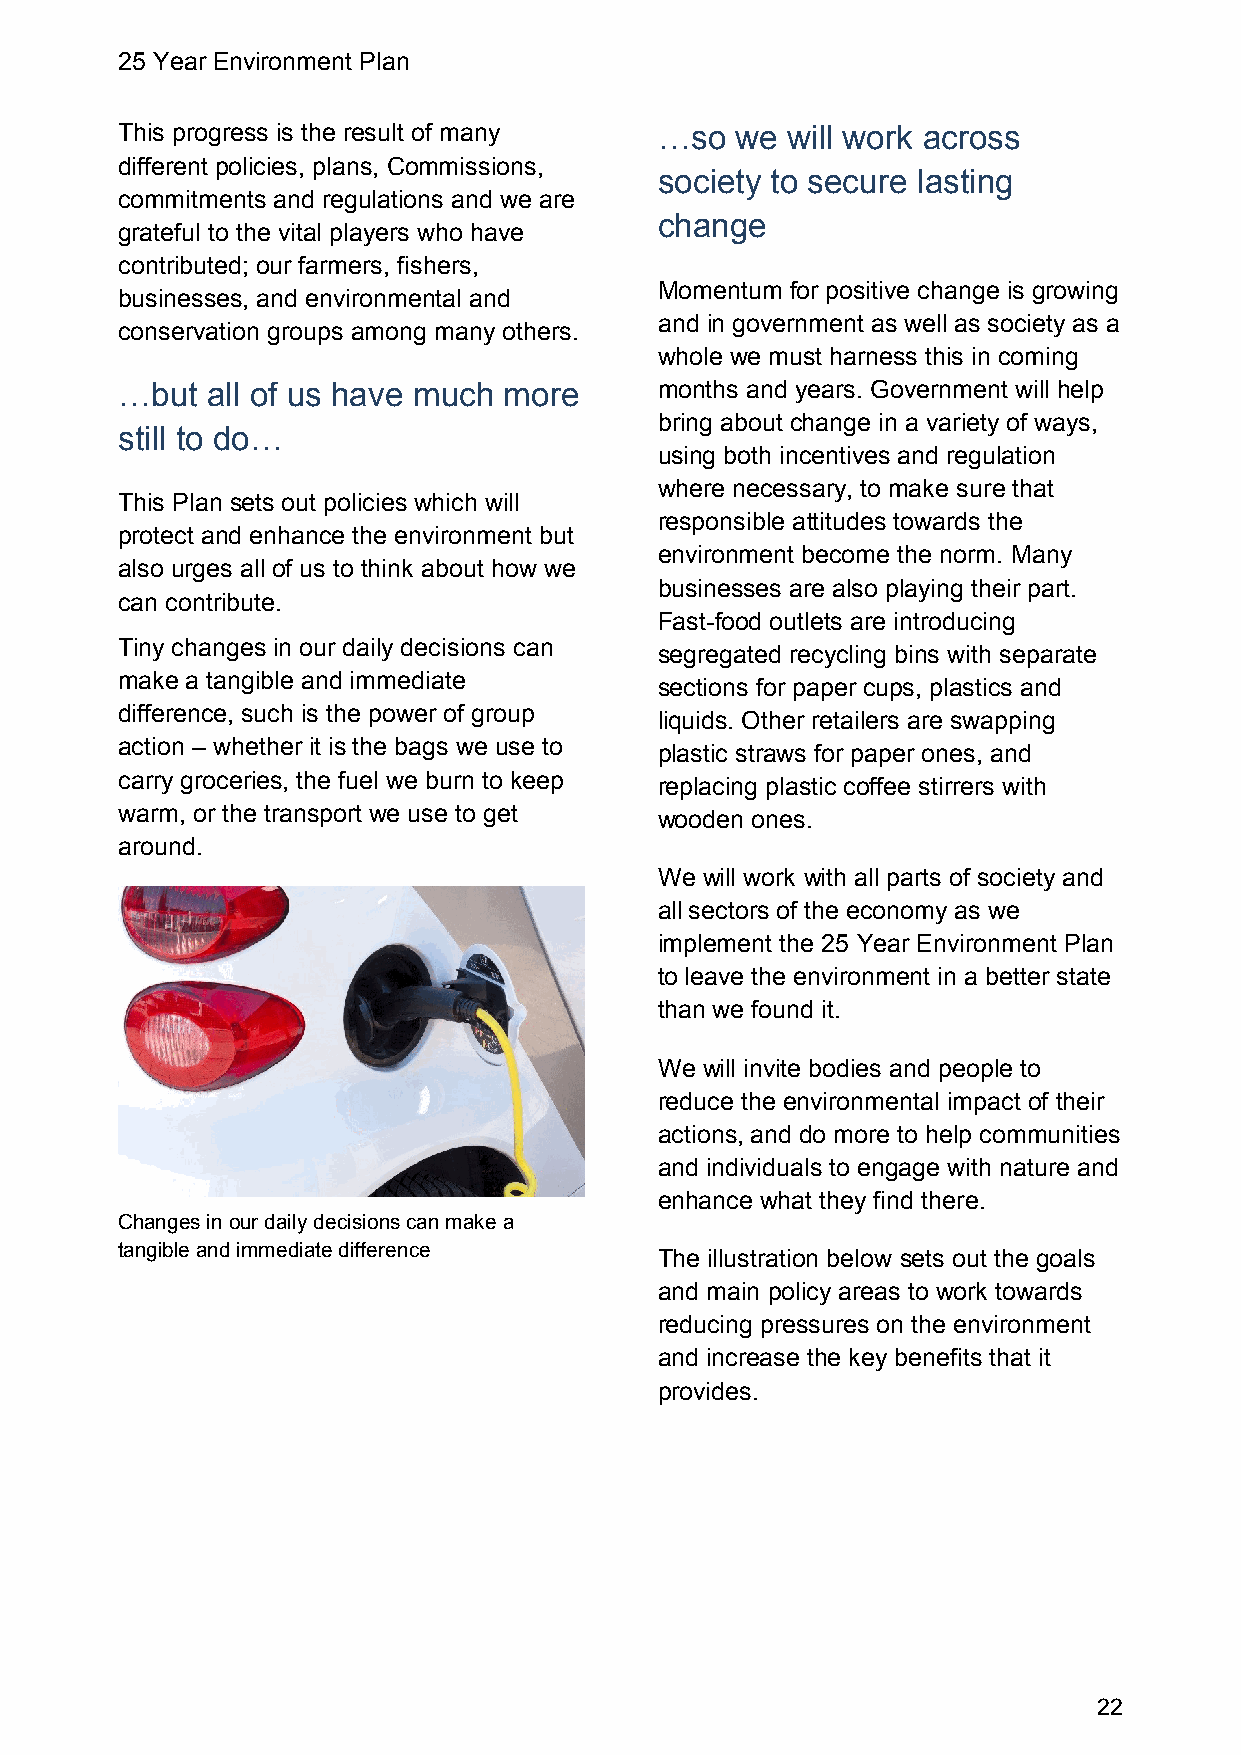
25 Year Environment Plan
 This progress is the result of many …so  we will work across
 different policies, plans, Commissions,
 society to secure lasting
 commitments and regulations and we are
 change
 grateful to the vital players who have
 contributed; our farmers, fishers,
 Momentum for positive change is growing
 businesses, and environmental and
 and in government as well as society as a
 conservation groups among many others.
 whole we must harness this in coming
 …but  all of us have much more      months and years. Government will help
 bring about change in a variety of ways,
 still to do…
 using both incentives and regulation
 where necessary, to make sure that
 This Plan sets out policies which will
 responsible attitudes towards the
 protect and enhance the environment but
 environment become the norm. Many
 also urges all of us to think about how we
 businesses are also playing their part.
 can contribute.
 Fast-food outlets are introducing
 Tiny changes in our daily decisions can
 segregated recycling bins with separate
 make a tangible and immediate
 sections for paper cups, plastics and
 difference, such is the power of group
 liquids. Other retailers are swapping
 action – whether it is the bags we use to
 plastic straws for paper ones, and
 carry groceries, the fuel we burn to keep
 replacing plastic coffee stirrers with
 warm, or the transport we use to get
 wooden ones.
 around.
 We will work with all parts of society and
 all sectors of the economy as we
 implement the 25 Year Environment Plan
 to leave the environment in a better state
 than we found it.
 We will invite bodies and people to
 reduce the environmental impact of their
 actions, and do more to help communities
 and individuals to engage with nature and
 enhance what they find there.
 Changes in our daily decisions can make a
 tangible and immediate difference
 The illustration below sets out the goals
 and main policy areas to work towards
 reducing pressures on the environment
 and increase the key benefits that it
 provides.
 22